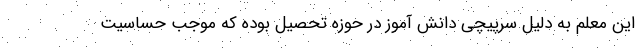
این معلم به دلیل سرپیچی دانش آموز در حوزه تحصیل بوده که موجب حساسیت